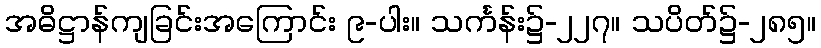
အဓိဋ္ဌာန်ကျခြင်းအကြောင်း ၉-ပါး။ သင်္ကန်း၌-၂၂၇။ သပိတ်၌-၂၈၅။